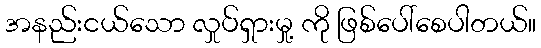
အနည်းငယ်သော လှုပ်ရှားမှု့ ကို ဖြစ်ပေါ်စေပါတယ်။